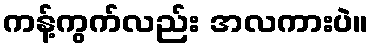
ကန့်ကွက်လည်း အလကားပဲ။